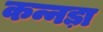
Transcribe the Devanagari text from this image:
कन्नड़ा